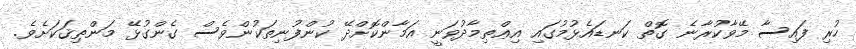
ހުރި ފައިސާ މޭވާކުރާނެ ގޮތް ކަނޑައެޅުމުގައި އިޢްތިމާދުވަނީ އަމާންކޮށްދޭ ކުންފުނިތަކުންވެސް ގެންގުޅޭ މަންޠިޤަކަށެވެ.